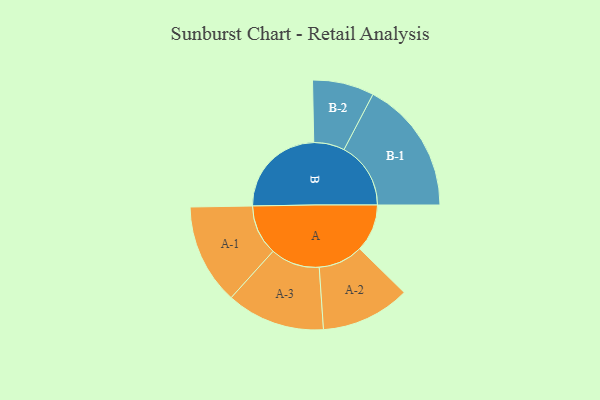
{"axis": {"x": "Segment", "y": "Value"}, "legend": ["", "A", "B"], "data": [{"x": "A", "y": 193, "type": ""}, {"x": "B", "y": 390, "type": ""}, {"x": "A-1", "y": 204, "type": "A"}, {"x": "A-2", "y": 181, "type": "A"}, {"x": "A-3", "y": 200, "type": "A"}, {"x": "B-1", "y": 271, "type": "B"}, {"x": "B-2", "y": 125, "type": "B"}]}